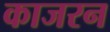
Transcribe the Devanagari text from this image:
काजरन